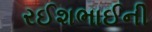
રઈશભાઈની